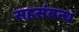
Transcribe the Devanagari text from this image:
सहसंबन्ध